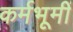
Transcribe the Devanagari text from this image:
कर्मभूमीं